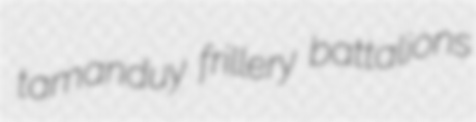
tamanduy frillery battalions